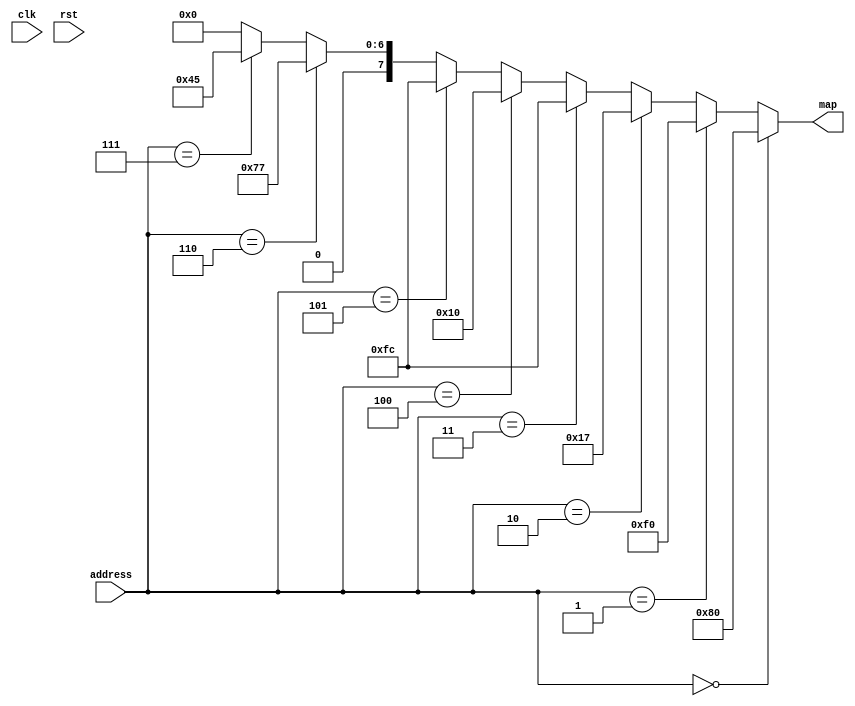
/*
   This file was generated automatically by the Mojo IDE version B1.3.6.
   Do not edit this file directly. Instead edit the original Lucid source.
   This is a temporary file and any changes made to it will be destroyed.
*/

module maze_map_rom_16 (
    input [3:0] address,
    input clk,
    input rst,
    output reg [7:0] map
  );
  
  
  
  localparam ROW_1 = 8'h80;
  
  localparam ROW_2 = 8'hf0;
  
  localparam ROW_3 = 8'h17;
  
  localparam ROW_4 = 8'hfc;
  
  localparam ROW_5 = 8'h10;
  
  localparam ROW_6 = 8'hfc;
  
  localparam ROW_7 = 8'h77;
  
  localparam ROW_8 = 8'h45;
  
  always @* begin
    if (address == 4'h0) begin
      map = 8'h80;
    end else begin
      if (address == 4'h1) begin
        map = 8'hf0;
      end else begin
        if (address == 4'h2) begin
          map = 8'h17;
        end else begin
          if (address == 4'h3) begin
            map = 8'hfc;
          end else begin
            if (address == 4'h4) begin
              map = 8'h10;
            end else begin
              if (address == 4'h5) begin
                map = 8'hfc;
              end else begin
                if (address == 4'h6) begin
                  map = 8'h77;
                end else begin
                  if (address == 4'h7) begin
                    map = 8'h45;
                  end else begin
                    map = 1'h0;
                  end
                end
              end
            end
          end
        end
      end
    end
  end
endmodule